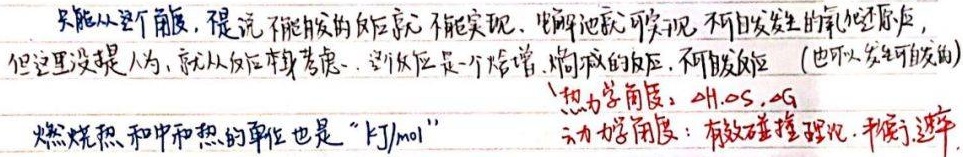
只能从这个角度，提说不能自发的反应就不能实现，电解池就可实现不可自发发生的氧化还原反应，但这里没提人为，就从反应本身考虑，这个反应是一个焓增、熵减的反应，不可自发反应（也可以发生非自发的）。热力学角度：\(\Delta H\)，\(\Delta S\)，\(\Delta G\)；动力学角度：有效碰撞理论，平衡速率。燃烧热和中和热的单位也是“\(\text{kJ/mol}\)”